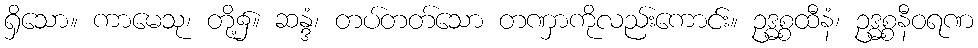
ရှိသော။ ကာမေသု၊ တို့၌။ ဆန္ဒံ၊ တပ်တတ်သော တဏှာကိုလည်းကောင်း။ ဥဒ္ဓစ္စထီနံ၊ ဥဒ္ဓစ္စနီဝရဏ